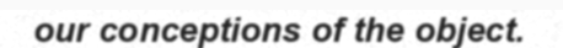
our conceptions of the object.